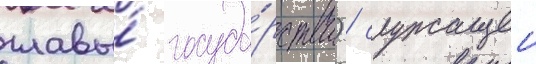
главы́ госуда́рства) / служащеи